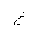
Letter: _gayn